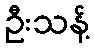
ဦးသန့်